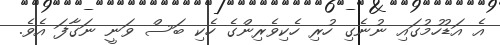
އެ އަޑުހުމުގައި ނުނެގި ހުރި ހެކިވެރިންގެ ހެކި ބަސް ވަނީ ނަގާފަ އެވެ.